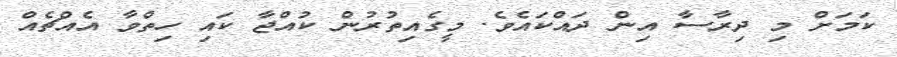
ކަމަށް މި ދިރާސާ އިން ދައްކައެވެ. މީގެއިތުރުން ކުއްޖާ ކައި ހިތްވާ އެއްޗެއް